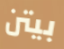
بيتن